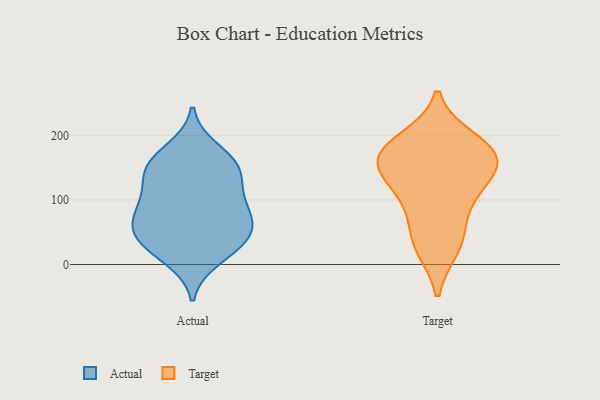
{"axis": {"x": "Temperature (°C)", "y": "Value"}, "legend": ["Actual", "Target"], "data": [{"x": "", "y": 28, "type": "Actual"}, {"x": "", "y": 65, "type": "Actual"}, {"x": "", "y": 152, "type": "Actual"}, {"x": "", "y": 104, "type": "Actual"}, {"x": "", "y": 147, "type": "Actual"}, {"x": "", "y": 177, "type": "Actual"}, {"x": "", "y": 33, "type": "Actual"}, {"x": "", "y": 10, "type": "Actual"}, {"x": "", "y": 154, "type": "Actual"}, {"x": "", "y": 88, "type": "Actual"}, {"x": "", "y": 57, "type": "Actual"}, {"x": "", "y": 98, "type": "Actual"}, {"x": "", "y": 65, "type": "Actual"}, {"x": "", "y": 42, "type": "Actual"}, {"x": "", "y": 140, "type": "Actual"}, {"x": "", "y": 35, "type": "Target"}, {"x": "", "y": 118, "type": "Target"}, {"x": "", "y": 192, "type": "Target"}, {"x": "", "y": 75, "type": "Target"}, {"x": "", "y": 27, "type": "Target"}, {"x": "", "y": 172, "type": "Target"}, {"x": "", "y": 149, "type": "Target"}, {"x": "", "y": 179, "type": "Target"}, {"x": "", "y": 118, "type": "Target"}, {"x": "", "y": 167, "type": "Target"}, {"x": "", "y": 159, "type": "Target"}]}